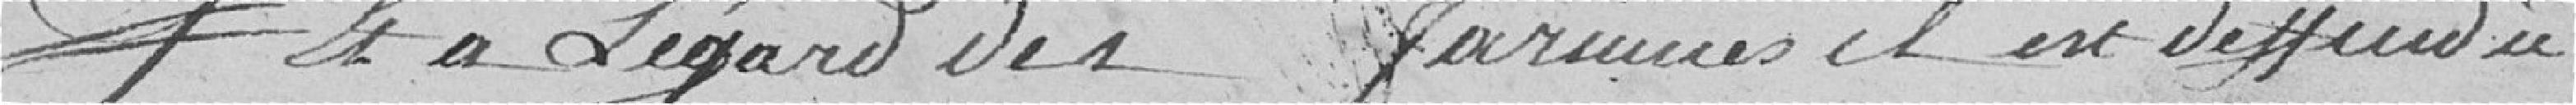
Fait et à l'égard des farines, il est défendu